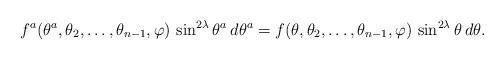
LaTeX: \begin{align*}f^a(\theta^a,\theta_2,\dots,\theta_{n-1},\varphi)\,\sin^{2\lambda}\theta^a\,d\theta^a=f(\theta,\theta_2,\dots,\theta_{n-1},\varphi)\,\sin^{2\lambda}\theta\,d\theta.\end{align*}